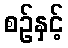
စဉ်နှင့်